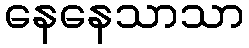
နေနေသာသာ